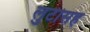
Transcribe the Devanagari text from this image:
लुटीसह